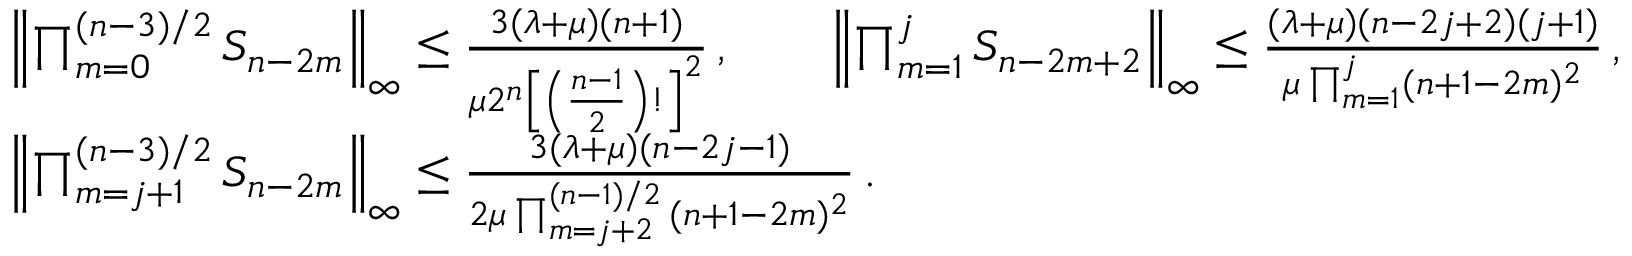
\begin{array} { r l } & { \left\| \prod _ { m = 0 } ^ { ( n - 3 ) / 2 } S _ { n - 2 m } \right\| _ { \infty } \le \frac { 3 ( \lambda + \mu ) ( n + 1 ) } { \mu 2 ^ { n } \left[ \left( \frac { n - 1 } 2 \right) ! \right] ^ { 2 } } \, , \qquad \left\| \prod _ { m = 1 } ^ { j } S _ { n - 2 m + 2 } \right\| _ { \infty } \le \frac { ( \lambda + \mu ) ( n - 2 j + 2 ) ( j + 1 ) } { \mu \prod _ { m = 1 } ^ { j } ( n + 1 - 2 m ) ^ { 2 } } \, , } \\ & { \left\| \prod _ { m = j + 1 } ^ { ( n - 3 ) / 2 } S _ { n - 2 m } \right\| _ { \infty } \le \frac { 3 ( \lambda + \mu ) ( n - 2 j - 1 ) } { 2 \mu \prod _ { m = j + 2 } ^ { ( n - 1 ) / 2 } \, ( n + 1 - 2 m ) ^ { 2 } } \, . } \end{array}